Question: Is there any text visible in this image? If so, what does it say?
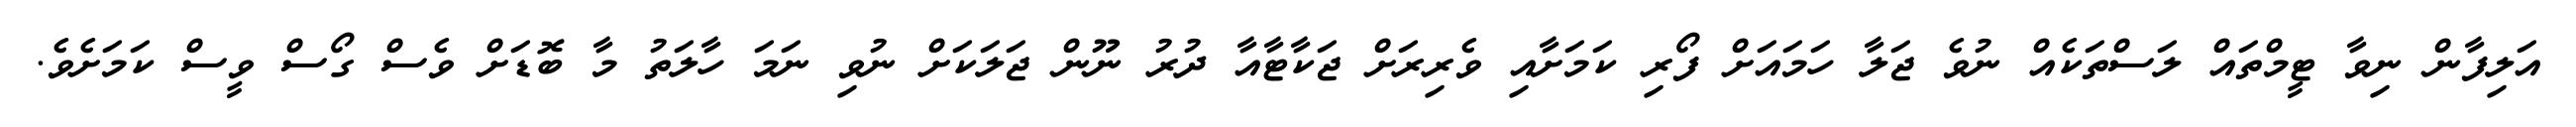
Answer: އަލިފާން ނިވާ ޓީމްތައް ލަސްތަކެއް ނުވެ ޖަލާ ހަމައަށް ފޯރި ކަމަށާއި ވެރިރަށް ޖަކާޓާއާ ދުރު ނޫން ޖަލަކަށް ނުވި ނަމަ ހާލަތު މާ ބޮޑަށް ވެސް ގޯސް ވީސް ކަމަށެވެ.